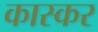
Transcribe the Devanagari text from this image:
कास्कर